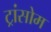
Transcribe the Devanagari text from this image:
ट्रांसोम